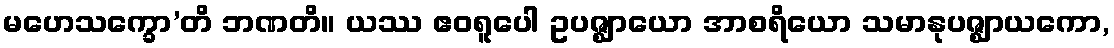
မဟေသက္ခော’တိ ဘဏတိ။ ယဿ ဧဝရူပေါ ဥပဇ္ဈာယော အာစရိယော သမာနုပဇ္ဈာယကော,